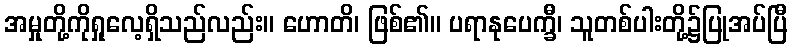
အမှုတို့ကိုရှုလေ့ရှိသည်လည်း။ ဟောတိ၊ ဖြစ်၏။ ပရာနုပေက္ခီ၊ သူတစ်ပါးတို့၌ပြုအပ်ပြီ